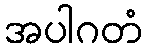
အပါဂတံ